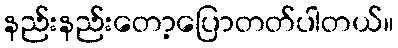
နည်းနည်းတော့ပြောတတ်ပါတယ်။